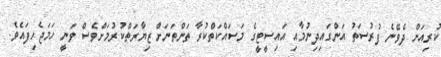
ކުރިއަށް ދެވޭނެ ފުރުސަތު އަންގައިދިނުމާއި އައިސީޓީގެ މަސައްކަތްކުރާ ތަންތަނަށް ޒިޔާރަތްކުރުމަށްވެސް ވަނީ ހަމަޖެހިފައެވެ.